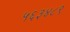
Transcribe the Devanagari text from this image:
५६३४८९